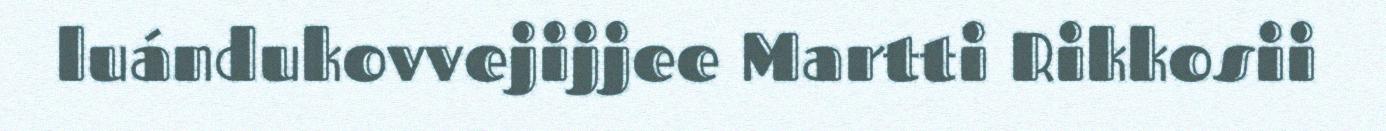
luándukovvejijjee Martti Rikkosii